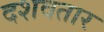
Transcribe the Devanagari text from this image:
दशवतार